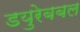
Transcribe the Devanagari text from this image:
डयुरेबबल